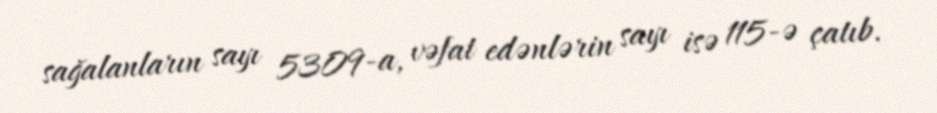
sağalanların sayı 5309-a, vəfat edənlərin sayı isə 115-ə çatıb.